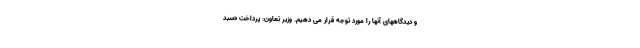
و دیدگاههای آنها را مورد توجه قرار می دهیم. وزیر تعاون: پرداخت «سبد